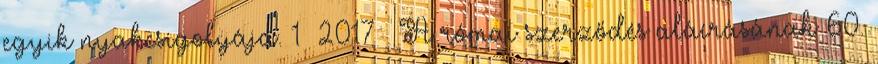
egyik nyakcsigolyája. 1 2017 – A római szerződés aláírásának 60.